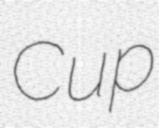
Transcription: Cup